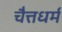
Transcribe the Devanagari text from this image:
चैत्तधर्म